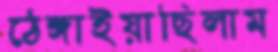
ঠেঙ্গাইয়াছিলাম